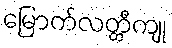
မြောက်လတ္တီကျု